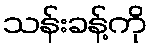
သန်းခန့်ကို